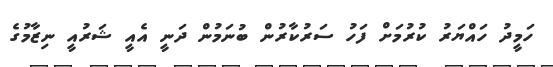
ހަމީދު ހައްޔަރު ކުރުމަށް ފަހު ސަރުކާރުން ބުނަމުން ދަނީ އެއީ ޝަރުއީ ނިޒާމުގެ